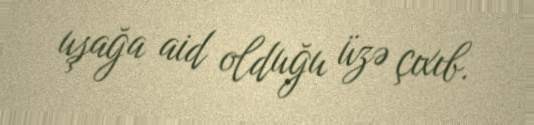
uşağa aid olduğu üzə çıxıb.